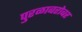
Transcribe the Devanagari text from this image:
पुरळाबरोबर